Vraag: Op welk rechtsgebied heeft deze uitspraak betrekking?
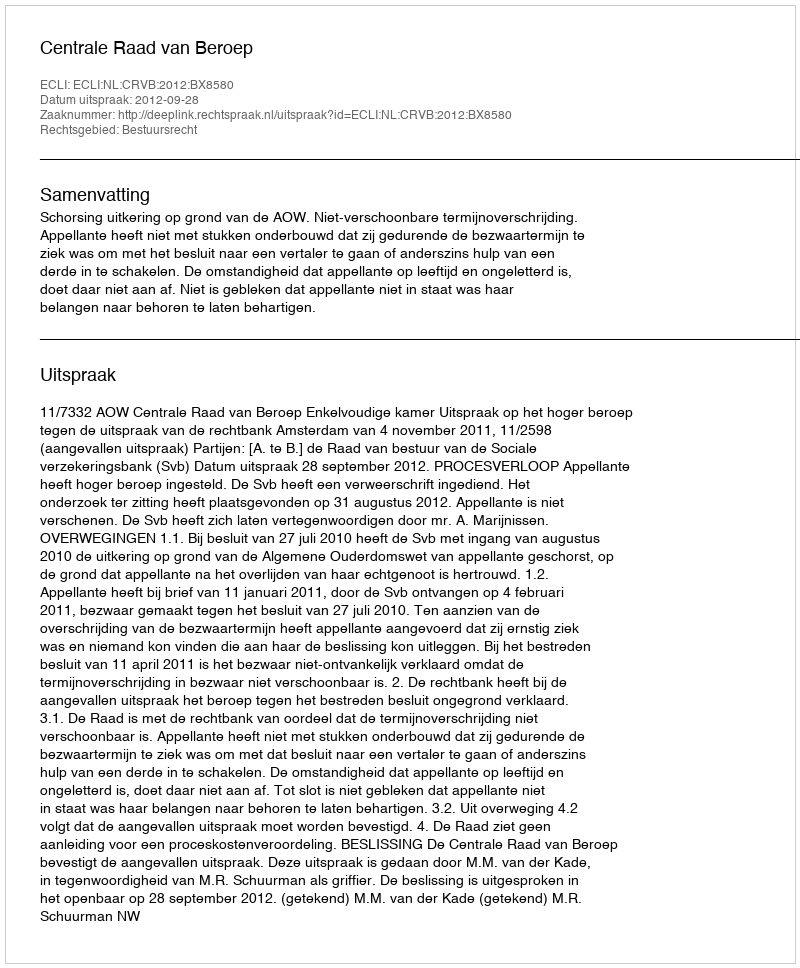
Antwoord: Bestuursrecht